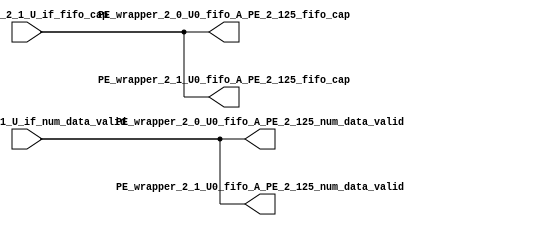
// ==================================================
// RTL generated by RapidStream
//
// Copyright 2024 RapidStream Design Automation, Inc.
// All Rights Reserved.
// ==================================================
`timescale 1 ns / 1 ps
module __rs_kernel3_aux_split_aux_118 #(
    parameter C_S_AXI_CONTROL_DATA_WIDTH  = 32,
    parameter C_S_AXI_CONTROL_ADDR_WIDTH  = 6,
    parameter C_S_AXI_DATA_WIDTH          = 32,
    parameter C_M_AXI_GMEM_A_ID_WIDTH     = 1,
    parameter C_M_AXI_GMEM_A_ADDR_WIDTH   = 64,
    parameter C_M_AXI_GMEM_A_DATA_WIDTH   = 512,
    parameter C_M_AXI_GMEM_A_AWUSER_WIDTH = 1,
    parameter C_M_AXI_GMEM_A_ARUSER_WIDTH = 1,
    parameter C_M_AXI_GMEM_A_WUSER_WIDTH  = 1,
    parameter C_M_AXI_GMEM_A_RUSER_WIDTH  = 1,
    parameter C_M_AXI_GMEM_A_BUSER_WIDTH  = 1,
    parameter C_M_AXI_GMEM_A_USER_VALUE   = 0,
    parameter C_M_AXI_GMEM_A_PROT_VALUE   = 0,
    parameter C_M_AXI_GMEM_A_CACHE_VALUE  = 3,
    parameter C_M_AXI_DATA_WIDTH          = 32,
    parameter C_M_AXI_GMEM_B_ID_WIDTH     = 1,
    parameter C_M_AXI_GMEM_B_ADDR_WIDTH   = 64,
    parameter C_M_AXI_GMEM_B_DATA_WIDTH   = 512,
    parameter C_M_AXI_GMEM_B_AWUSER_WIDTH = 1,
    parameter C_M_AXI_GMEM_B_ARUSER_WIDTH = 1,
    parameter C_M_AXI_GMEM_B_WUSER_WIDTH  = 1,
    parameter C_M_AXI_GMEM_B_RUSER_WIDTH  = 1,
    parameter C_M_AXI_GMEM_B_BUSER_WIDTH  = 1,
    parameter C_M_AXI_GMEM_B_USER_VALUE   = 0,
    parameter C_M_AXI_GMEM_B_PROT_VALUE   = 0,
    parameter C_M_AXI_GMEM_B_CACHE_VALUE  = 3,
    parameter C_M_AXI_GMEM_C_ID_WIDTH     = 1,
    parameter C_M_AXI_GMEM_C_ADDR_WIDTH   = 64,
    parameter C_M_AXI_GMEM_C_DATA_WIDTH   = 512,
    parameter C_M_AXI_GMEM_C_AWUSER_WIDTH = 1,
    parameter C_M_AXI_GMEM_C_ARUSER_WIDTH = 1,
    parameter C_M_AXI_GMEM_C_WUSER_WIDTH  = 1,
    parameter C_M_AXI_GMEM_C_RUSER_WIDTH  = 1,
    parameter C_M_AXI_GMEM_C_BUSER_WIDTH  = 1,
    parameter C_M_AXI_GMEM_C_USER_VALUE   = 0,
    parameter C_M_AXI_GMEM_C_PROT_VALUE   = 0,
    parameter C_M_AXI_GMEM_C_CACHE_VALUE  = 3,
    parameter C_S_AXI_CONTROL_WSTRB_WIDTH = 4,
    parameter C_S_AXI_WSTRB_WIDTH         = 4,
    parameter C_M_AXI_GMEM_A_WSTRB_WIDTH  = 64,
    parameter C_M_AXI_WSTRB_WIDTH         = 4,
    parameter C_M_AXI_GMEM_B_WSTRB_WIDTH  = 64,
    parameter C_M_AXI_GMEM_C_WSTRB_WIDTH  = 64
) (
    output wire [1:0] PE_wrapper_2_0_U0_fifo_A_PE_2_125_fifo_cap,
    output wire [1:0] PE_wrapper_2_0_U0_fifo_A_PE_2_125_num_data_valid,
    output wire [1:0] PE_wrapper_2_1_U0_fifo_A_PE_2_125_fifo_cap,
    output wire [1:0] PE_wrapper_2_1_U0_fifo_A_PE_2_125_num_data_valid,
    input wire  [1:0] fifo_A_PE_2_1_U_if_fifo_cap,
    input wire  [1:0] fifo_A_PE_2_1_U_if_num_data_valid
);
assign PE_wrapper_2_0_U0_fifo_A_PE_2_125_fifo_cap = fifo_A_PE_2_1_U_if_fifo_cap;
assign PE_wrapper_2_0_U0_fifo_A_PE_2_125_num_data_valid = fifo_A_PE_2_1_U_if_num_data_valid;
assign PE_wrapper_2_1_U0_fifo_A_PE_2_125_fifo_cap = fifo_A_PE_2_1_U_if_fifo_cap;
assign PE_wrapper_2_1_U0_fifo_A_PE_2_125_num_data_valid = fifo_A_PE_2_1_U_if_num_data_valid;
endmodule